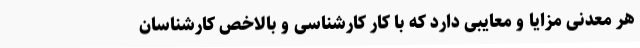
هر معدنی مزایا و معایبی دارد که با کار کارشناسی و بالاخص کارشناسان